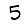
Digit: 5